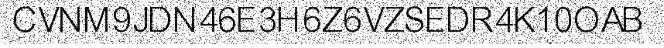
CVNM9JDN46E3H6Z6VZSEDR4K10OAB